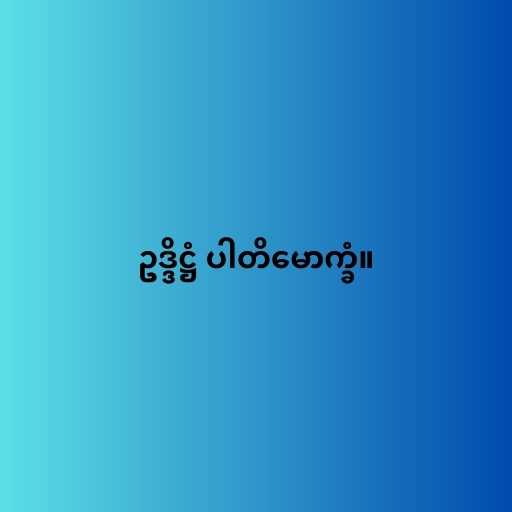
ဥဒ္ဒိဋ္ဌံ ပါတိမောက္ခံ။